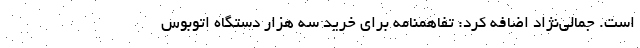
است. جمالی‌نژاد اضافه کرد: تفاهمنامه برای خرید سه هزار دستگاه اتوبوس